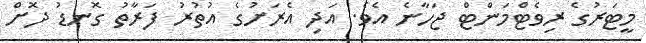
މީޓަރުގެ ރިވެޓްމަންޓް ޖަހާނެ އެވެ. އަދި އެރަށުގެ އުތުރު ފަރާތު ގޮނޑު ދޮށް